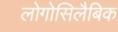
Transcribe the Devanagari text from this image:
लोगोसिलैबिक